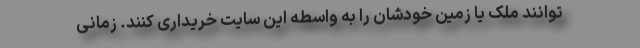
توانند ملک یا زمین خودشان را به واسطه این سایت خریداری کنند. زمانی